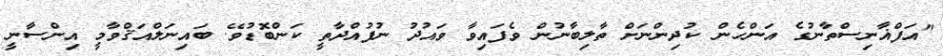
"އަފްޣާނިސްތާނުގެ އަންހެން ކުދިންނަށް ތާލިބާނުން ވެފައިވާ ވައުދު ނުފުއްދާތީ ކަންބޮޑުވޭ. ބައިނަލްއަޤްވާމީ އިންސާނީ